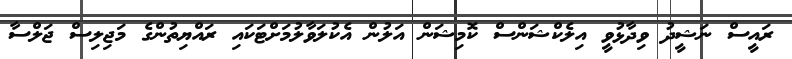
ރައީސް ނަޝީދު ވިދާޅުވީ އިލެކްޝަންސް ކޮމިޝަން އަލުން އެކުލަވާލުމަށްޓަކައި ރައްޔިތުންގެ މަޖިލިސް ޖަލްސާ